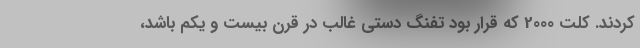
کردند. کلت 2000 که قرار بود تفنگ دستی غالب در قرن بیست و یکم باشد،